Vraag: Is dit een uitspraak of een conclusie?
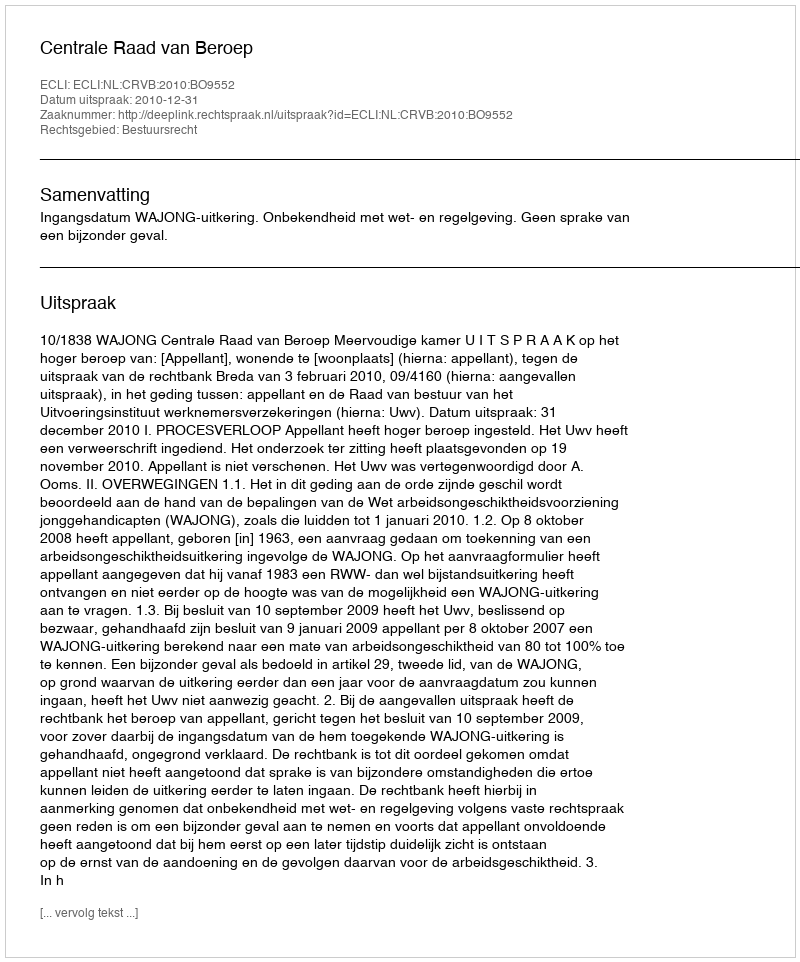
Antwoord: Uitspraak